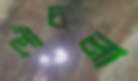
পোঁচলা